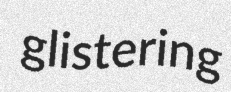
glistering